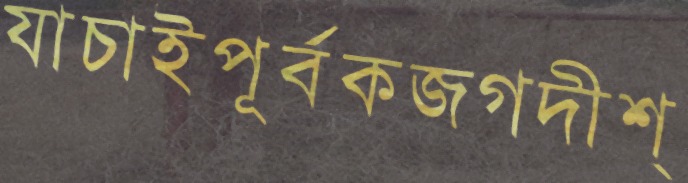
যাচাইপূর্বকজগদীশ্